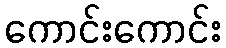
ကောင်းကောင်း